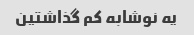
یه نوشابه کم گذاشتین